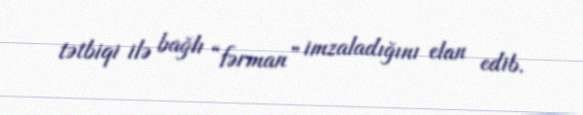
tətbiqi ilə bağlı “fərman” imzaladığını elan edib.